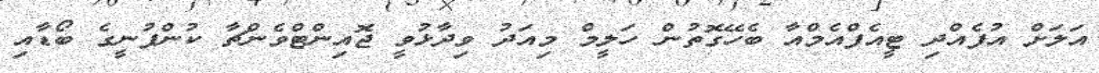
އަލަށް އުފެއްދި ޓީއެފްއެމްއާ ބެހޭގޮތުން ހަލީމް މިއަދު ވިދާޅުވީ ޖޮއިންޓްވެންޗާ ކުންފުނީގެ ބޯޑާއި